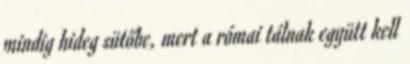
mindig hideg sütőbe, mert a római tálnak együtt kell